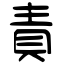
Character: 責